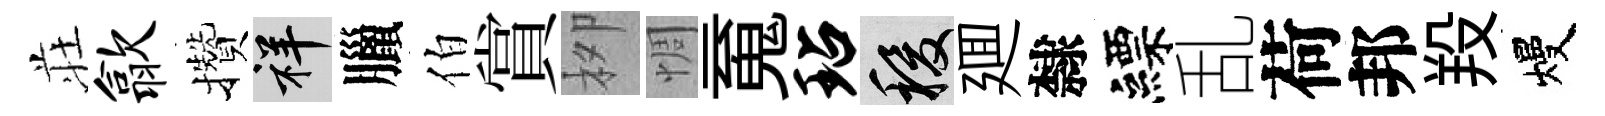
荘歙攢祥臘伯賞栁惆䰟玷稷廽隸縹乱荷邦羖熳